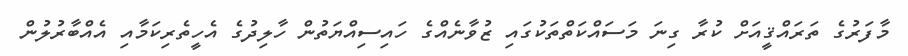
މާފަރުގެ ތަރައްޤީއަށް ކުރާ ގިނަ މަސައްކަތްތަކުގައި ޒުވާނެއްގެ ހައިސިއްޔަތުން ހާލިދުގެ އެހީތެރިކަމާއި އެއްބާރުލުން